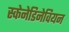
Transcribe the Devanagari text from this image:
स्केनेडिनेवियन